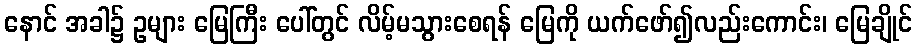
နောင် အခါ၌ ဥများ မြေကြီး ပေါ်တွင် လိမ့်မသွားစေရန် မြေကို ယက်ဖော်၍လည်းကောင်း၊ မြေချိုင်